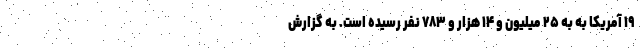
۱۹ آمریکا به به ۲۵ میلیون و ۱۴ هزار و ۷۸۳ نفر رسیده است. به گزارش